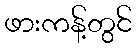
ဖားကန့်တွင်